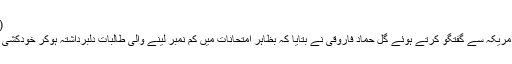
(فائل فوٹو)
وائس آف امریکہ سے گفتگو کرتے ہوئے گل حماد فاروقی نے بتایا کہ بظاہر امتحانات میں کم نمبر لینے والی طالبات دلبرداشتہ ہوکر خودکشی کرتی ہیں۔